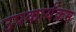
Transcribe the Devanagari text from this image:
उपकार्यक्रम